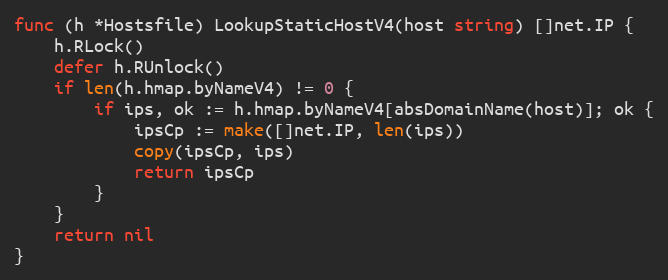
Language: Go
func (h *Hostsfile) LookupStaticHostV4(host string) []net.IP {
	h.RLock()
	defer h.RUnlock()
	if len(h.hmap.byNameV4) != 0 {
		if ips, ok := h.hmap.byNameV4[absDomainName(host)]; ok {
			ipsCp := make([]net.IP, len(ips))
			copy(ipsCp, ips)
			return ipsCp
		}
	}
	return nil
}